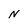
Character: n